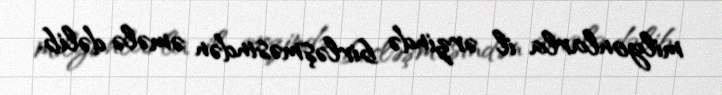
milyonlarla il ərzində birləşməsindən əmələ dəlib.